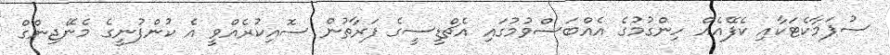
ސުޕަމާކެޓަކާއި ކެފޭއެއް ހިންގުމުގެ އެއްބަސްވުމުގައި އެޗްޑީސީގެ ފަރާތުން ސޮއިކުރެއްވީ އެ ކުންފުނީގެ މެނޭޖިންގް